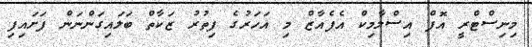
މިނިސްޓްރީ އޮފް އިސްލާމިކް އެފެއާޒް މި އަހަރުގެ ފިތުރު ޒަކާތް ބަލައިގަންނަން ފަށައިފި